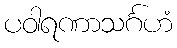
ပဝါရဏာသင်္ဂဟံ